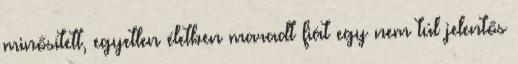
minősített, egyetlen életben maradt fiát egy nem túl jelentős